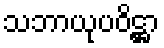
သဘာယုပဝိဋ္ဌာ